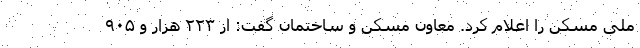
ملی مسکن را اعلام کرد. معاون مسکن و ساختمان گفت: از ۲۲۳ هزار و ۹۰۵